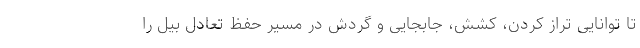
تا توانایی تراز کردن، کشش، جابجایی و گردش در مسیر حفظ تعادل بیل را